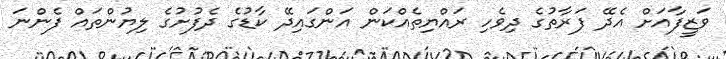
ވަޒީފާއަށް އެދޭ ފަރާތުގެ ދިވެހި ރައްޔިތެއްކަން އަންގައިދޭ ކާޑުގެ ދެފުށުގެ ލިޔުންތައް ފެންނަ